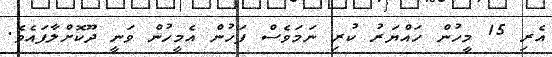
އެރި 15 މީހުން ހައްޔަރު ކުރި ނަމަވެސް ފަހުން އެމީހުން ވަނީ ދޫކޮށްލާފައެވެ.